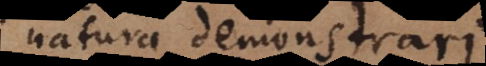
natura demonstrari